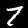
Digit: 7